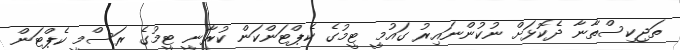
ތަޖިކިސްތާނާ ދެކޮޅަށް ނުކުންނައިރު ގައުމީ ޓީމުގެ ކެޕްޓަންކަން ކުރާނީ ޓީމުގެ ރަސްމީ ކެޕްޓަން